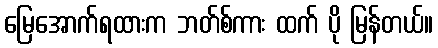
မြေအောက်ရထားက ဘတ်စ်ကား ထက် ပို မြန်တယ်။